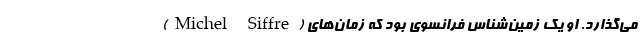
(Michel Siffre) می‌گذارد. او یک زمین‌شناس فرانسوی بود که زمان‌های